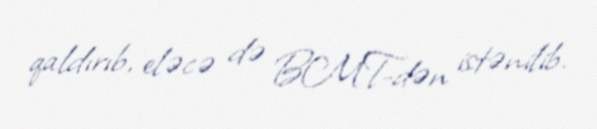
qaldırıb, eləcə də BMT-dən istənilib.